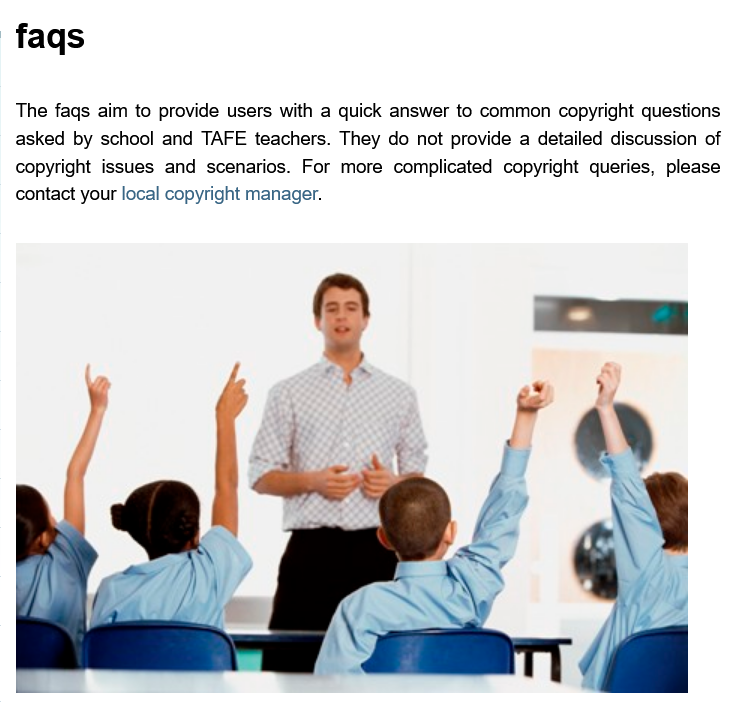
faqs
  The faqs aim to provide users with a quick answer to common copyright questions
  asked by school and TAFE teachers. They do not provide a detailed discussion of
  copyright issues and scenarios. For more complicated copyright queries, please
  contact your local copyright manager.